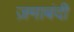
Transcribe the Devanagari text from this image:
ज़माबंदी